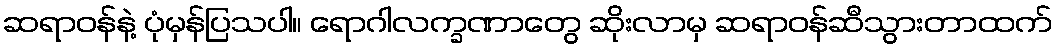
ဆရာဝန်နဲ့ ပုံမှန်ပြသပါ။ ရောဂါလက္ခဏာတွေ ဆိုးလာမှ ဆရာဝန်ဆီသွားတာထက်